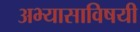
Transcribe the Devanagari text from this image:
अभ्यासाविषयी